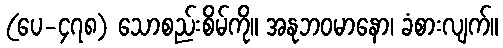
(ပေ-၄၇၈) သောစည်းစိမ်ကို။ အနုဘဝမာနော၊ ခံစားလျက်။